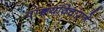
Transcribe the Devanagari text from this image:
वाङ्मयविचाराने